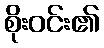
စိုးဝင်း၏